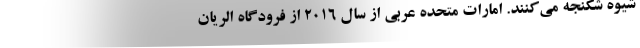
شیوه شکنجه می‌کنند. امارات متحده عربی از سال ۲۰۱۶ از فرودگاه الریان